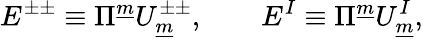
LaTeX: E^{\pm\pm}\equiv\Pi^{\underline{{{m}}}}U_{\underline{{{m}}}}^{\pm\pm},\qquad E^{I}\equiv\Pi^{\underline{{{m}}}}U_{\underline{{{m}}}}^{I},